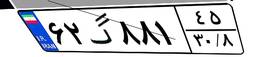
۶۲گ۸۸۱۴۵